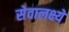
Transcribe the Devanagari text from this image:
सेवालक्ष्ये